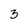
Character: 3